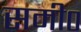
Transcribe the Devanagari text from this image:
समी०